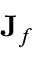
\mathbf { J } _ { f }